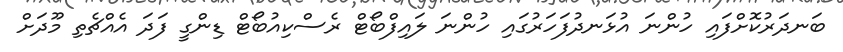
ބަނދަރުކޮށްފައި ހުންނަ އުޅަނދުފަހަރުގައި ހުންނަ ލައިފްބޯޓް ރެސްކިއުބޯޓް ޑިންގީ ފަދަ އެއްޗެތި މޫދަށް